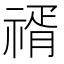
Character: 𥚩